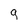
Character: g